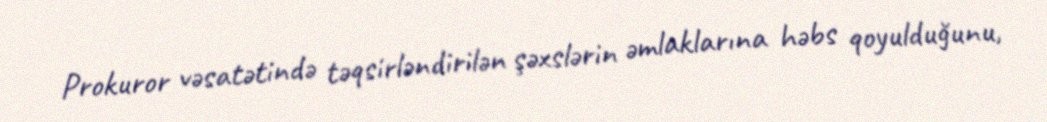
Prokuror vəsatətində təqsirləndirilən şəxslərin əmlaklarına həbs qoyulduğunu,